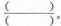
\frac{（）}{（）}。